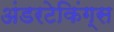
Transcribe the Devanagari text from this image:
अंडरटेकिंग्स